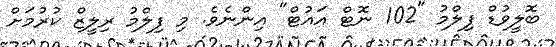
ބޮލީވުޑް ފިލްމު "102 ނޮޓް އައުޓް" އިންނެވެ. މި ފިލްމު ރިލީޒް ކުރުމަށް